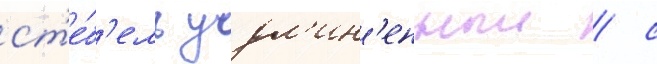
ст'е́б'ель удл'ин'енныи / с